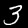
Digit: 3